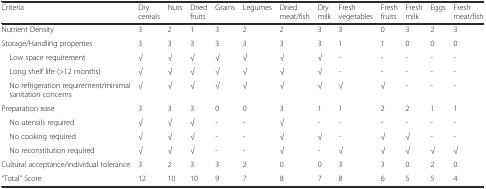
<table><thead><tr><td><b>Criteria</b></td><td><b>Dry cereals</b></td><td><b>Nuts</b></td><td><b>Dried fruits</b></td><td><b>Grains</b></td><td><b>Legumes</b></td><td><b>Dried meat/fish</b></td><td><b>Dry milk</b></td><td><b>Fresh vegetables</b></td><td><b>Fresh fruits</b></td><td><b>Fresh milk</b></td><td><b>Eggs</b></td><td><b>Fresh meat/fish</b></td></tr></thead><tbody><tr><td>Nutrient Density</td><td>3</td><td>2</td><td>1</td><td>3</td><td>2</td><td>2</td><td>3</td><td>3</td><td>0</td><td>3</td><td>2</td><td>3</td></tr><tr><td>Storage/Handling properties</td><td>3</td><td>3</td><td>3</td><td>3</td><td>3</td><td>3</td><td>3</td><td>1</td><td>1</td><td>0</td><td>0</td><td>0</td></tr><tr><td> Low space requirement</td><td>√</td><td>√</td><td>√</td><td>√</td><td>√</td><td>√</td><td>√</td><td>-</td><td>-</td><td>-</td><td>-</td><td>-</td></tr><tr><td> Long shelf life (&gt;12 months)</td><td>√</td><td>√</td><td>√</td><td>√</td><td>√</td><td>√</td><td>√</td><td>-</td><td>-</td><td>-</td><td>-</td><td>-</td></tr><tr><td> No refrigeration requirement/minimal sanitation concerns</td><td>√</td><td>√</td><td>√</td><td>√</td><td>√</td><td>√</td><td>√</td><td>√</td><td>√</td><td>-</td><td>-</td><td>-</td></tr><tr><td>Preparation ease</td><td>3</td><td>3</td><td>3</td><td>0</td><td>0</td><td>3</td><td>1</td><td>1</td><td>2</td><td>2</td><td>1</td><td>1</td></tr><tr><td> No utensils required</td><td>√</td><td>√</td><td>√</td><td>-</td><td>-</td><td>√</td><td>-</td><td>-</td><td>-</td><td>-</td><td>-</td><td>-</td></tr><tr><td> No cooking required</td><td>√</td><td>√</td><td>√</td><td>-</td><td>-</td><td>√</td><td>√</td><td>-</td><td>√</td><td>√</td><td>-</td><td>-</td></tr><tr><td> No reconstitution required</td><td>√</td><td>√</td><td>√</td><td>-</td><td>-</td><td>√</td><td>-</td><td>√</td><td>√</td><td>√</td><td>√</td><td>√</td></tr><tr><td>Cultural acceptance/individual tolerance</td><td>3</td><td>2</td><td>3</td><td>3</td><td>2</td><td>0</td><td>0</td><td>3</td><td>3</td><td>0</td><td>2</td><td>0</td></tr><tr><td>“Total” Score</td><td>12</td><td>10</td><td>10</td><td>9</td><td>7</td><td>8</td><td>7</td><td>8</td><td>6</td><td>5</td><td>5</td><td>4</td></tr></tbody></table>